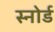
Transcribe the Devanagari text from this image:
स्नोर्ड